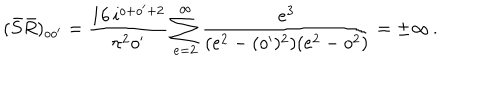
LaTeX: ( \bar { S } \bar { R } ) _ { o o ^ { \prime } } = { \frac { 1 6 \, i ^ { o + o ^ { \prime } + 2 } } { \pi ^ { 2 } o ^ { \prime } } } \sum _ { e = 2 } ^ { \infty } { \frac { e ^ { 3 } } { ( e ^ { 2 } - ( o ^ { \prime } ) ^ { 2 } ) ( e ^ { 2 } - o ^ { 2 } ) } } = \pm \infty \, .